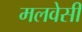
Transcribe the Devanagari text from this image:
मलवेसी